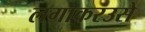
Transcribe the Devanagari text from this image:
लगाकरउसे